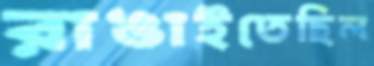
রাঙাইতেছিল